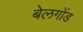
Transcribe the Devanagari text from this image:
बेलगोंड